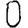
Digit: 0